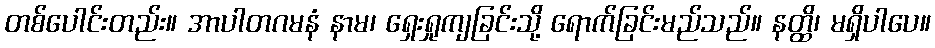
တစ်ပေါင်းတည်း။ အာပါတဂမနံ နာမ၊ ရှေးရှုကျခြင်းသို့ ရောက်ခြင်းမည်သည်။ နတ္ထိ၊ မရှိပါပေ။